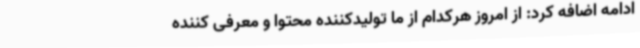
ادامه اضافه کرد: از امروز هرکدام از ما تولیدکننده محتوا و معرفی کننده